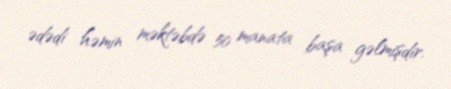
ədədi həmin məktəbdə 50 manata başa gəlmişdir.